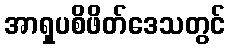
အာရှပစိဖိတ်ဒေသတွင်